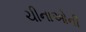
ચીનાઓની